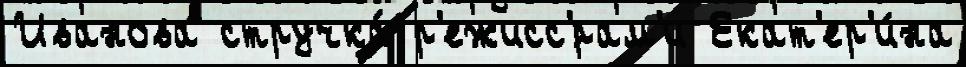
Иванова стручка́ р'ежисс'́рам'и Екат'ер'и́на